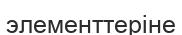
элементтеріне